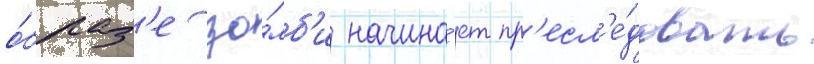
о́браз'е зо́мб'и начина́ет пр'есл'е́довать